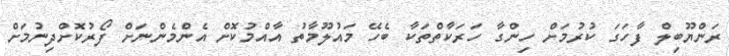
ރަންޔޫބިލް ފާހަގަ ކުރުމަށް ހިންގާ ހަރަކާތްތަކާ ބެހޭ މައުލޫމާތު އާއްމުކޮށް އެންމެންނަށް ފޯރުކޮށްދިނުމަށް